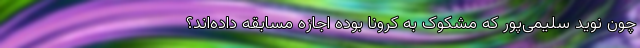
چون نوید سلیمی‌پور که مشکوک به کرونا بوده اجازه مسابقه داده‌اند؟